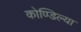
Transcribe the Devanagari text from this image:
कोण्डिल्या